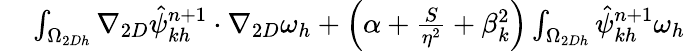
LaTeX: \begin{array}{rl}{\small}&{{}\int_{\Omega_{2Dh}}\nabla_{2D}\hat{\psi}_{kh}^{n+1}\cdot\nabla_{2D}\omega_{h}+\left(\alpha+\frac{S}{\eta^{2}}+\beta_{k}^{2}\right)\int_{\Omega_{2Dh}}\hat{\psi}_{kh}^{n+1}\omega_{h}}\end{array}